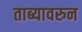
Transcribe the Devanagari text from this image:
ताब्यावरुन